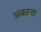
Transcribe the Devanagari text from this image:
अबरना